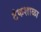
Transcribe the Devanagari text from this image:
टंकशाळा